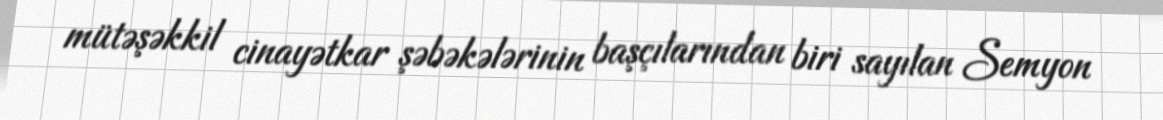
mütəşəkkil cinayətkar şəbəkələrinin başçılarından biri sayılan Semyon